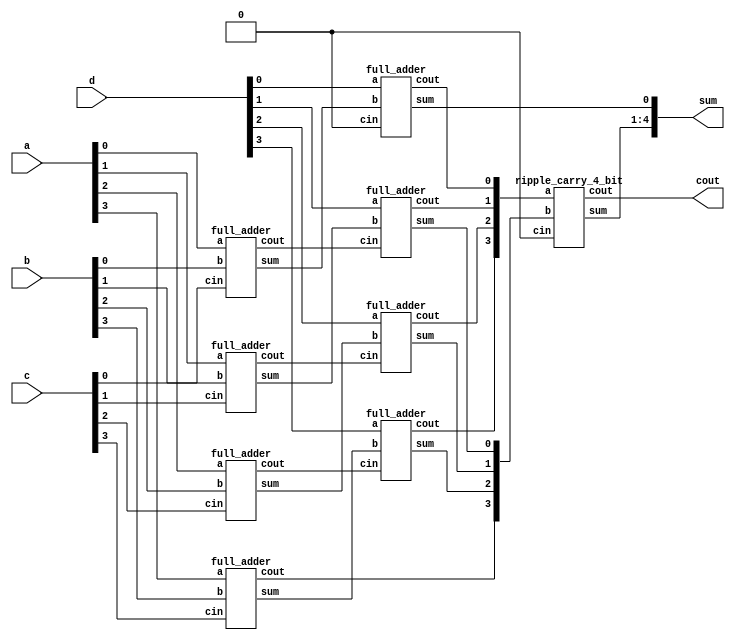
`timescale 1ns / 1ps

module carrysaveadder(a,b,c,d, sum,cout);
input [3:0] a, b,c,d;
output [4:0] sum;
output cout;
 
wire [3:0] s0,s1;
  wire [3:0] c0, c1;


full_adder fa0( .a(a[0]), .b(b[0]), .cin(c[0]), .sum(s0[0]), .cout(c0[0]));
full_adder fa1( .a(a[1]), .b(b[1]), .cin(c[1]), .sum(s0[1]), .cout(c0[1]));
full_adder fa2( .a(a[2]), .b(b[2]), .cin(c[2]), .sum(s0[2]), .cout(c0[2]));
full_adder fa3( .a(a[3]), .b(b[3]), .cin(c[3]), .sum(s0[3]), .cout(c0[3]));


full_adder fa4( .a(d[0]), .b(s0[0]), .cin(1'b0), .sum(sum[0]), .cout(c1[0]));
full_adder fa5( .a(d[1]), .b(s0[1]), .cin(c0[0]), .sum(s1[0]), .cout(c1[1]));
full_adder fa6( .a(d[2]), .b(s0[2]), .cin(c0[1]), .sum(s1[1]), .cout(c1[2]));
full_adder fa7( .a(d[3]), .b(s0[3]), .cin(c0[2]), .sum(s1[2]), .cout(c1[3]));

 ripple_carry_4_bit rca1 (.a(c1[3:0]),.b({c0[3],s1[2:0]}), .cin(1'b0),.sum(sum[4:1]), .cout(cout));

endmodule



module ripple_carry_4_bit(a, b, cin, sum, cout);
input [3:0] a,b;
input cin;
wire c1,c2,c3;
output [3:0] sum;
output cout;
 
full_adder fa0(.a(a[0]), .b(b[0]),.cin(cin), .sum(sum[0]),.cout(c1));
full_adder fa1(.a(a[1]), .b(b[1]), .cin(c1), .sum(sum[1]),.cout(c2));
full_adder fa2(.a(a[2]), .b(b[2]), .cin(c2), .sum(sum[2]),.cout(c3));
full_adder fa3(.a(a[3]), .b(b[3]), .cin(c3), .sum(sum[3]),.cout(cout));
endmodule



module full_adder(a,b,cin,sum, cout);
input a,b,cin;
output sum, cout;
wire x,y,z;
half_adder  h1(.a(a), .b(b), .sum(x), .cout(y));
half_adder  h2(.a(x), .b(cin), .sum(sum), .cout(z));
assign cout= y|z;
endmodule


module half_adder( a,b, sum, cout );
input a,b;
output sum,  cout;
assign sum= a^b;
assign cout= a & b;
endmodule